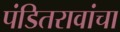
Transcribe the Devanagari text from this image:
पंडितरावांचा